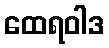
ထေရဝါဒ